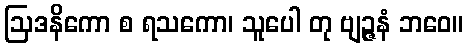
ဩဒနိကော စ ရသကော၊ သူပေါ တု ဗျဉ္ဇနံ ဘဝေ။